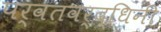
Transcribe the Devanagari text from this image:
पर्वतवर्द्धिनी